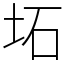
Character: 坧